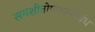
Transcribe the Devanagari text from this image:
समशीतोष्णकटिबंध